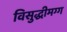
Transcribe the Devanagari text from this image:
विसुद्धीमग्ग